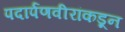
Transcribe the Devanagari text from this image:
पदार्पणवीरांकडून